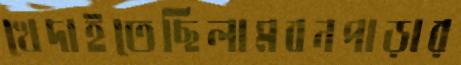
খেদাইতেছিলামবনপাড়ার